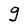
Character: g